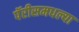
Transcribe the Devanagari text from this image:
पॅरीसमधल्या